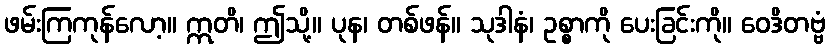
ဖမ်းကြကုန်လော့။ ဣတိ၊ ဤသို့။ ပုန၊ တစ်ဖန်။ သုဒါနံ၊ ဥစ္စာကို ပေးခြင်းကို။ ဝေဒိတဗ္ဗံ